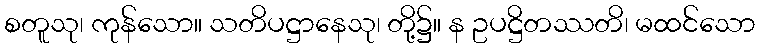
စတူသု၊ ကုန်သော။ သတိပဋ္ဌာနေသု၊ တို့၌။ န ဥပဋ္ဌိတဿတိ၊ မထင်သော